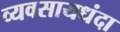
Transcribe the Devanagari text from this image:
व्यवसायधंदा